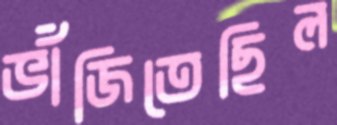
ভাঁজিতেছিল